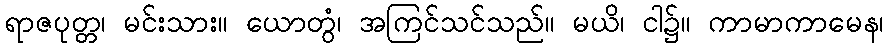
ရာဇပုတ္တ၊ မင်းသား။ ယောတွံ၊ အကြင်သင်သည်။ မယိ၊ ငါ၌။ ကာမာကာမေန၊